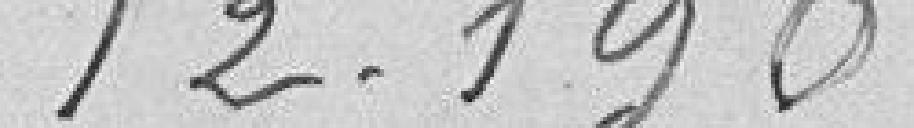
12,190